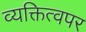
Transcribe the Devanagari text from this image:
व्यक्तित्वपर